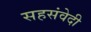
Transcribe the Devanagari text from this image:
सहसंवेदी